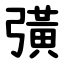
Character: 彉